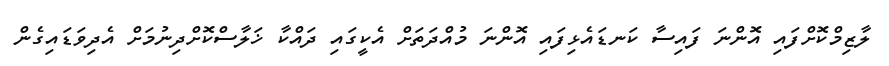
ލާޒިމްކޮށްފައި އޮންނަ ފައިސާ ކަނޑައެޅިފައި އޮންނަ މުއްދަތަށް އެކީގައި ދައްކާ ޚަލާސްކޮށްދިނުމަށް އެދިވަޑައިގެން